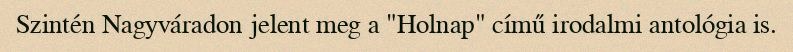
Szintén Nagyváradon jelent meg a "Holnap" című irodalmi antológia is.